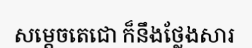
សម្តេចតេជោ ក៏នឹងថ្លែងសារ